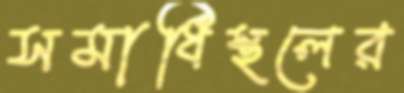
সমাধিস্থলের